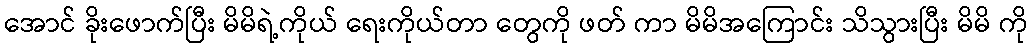
အောင် ခိုးဖောက်ပြီး မိမိရဲ့ကိုယ် ရေးကိုယ်တာ တွေကို ဖတ် ကာ မိမိအကြောင်း သိသွားပြီး မိမိ ကို